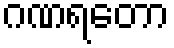
ဂဏရတော